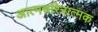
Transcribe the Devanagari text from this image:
अात्मचरित्रात्मक